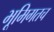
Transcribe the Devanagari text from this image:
भूमिगतच